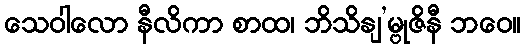
သေဝါလော နီလိကာ စာထ၊ ဘိသိနျ’မ္ဗုဇိနီ ဘဝေ။